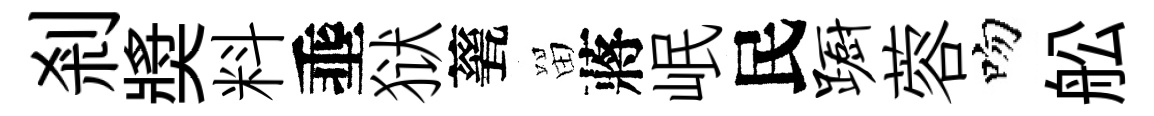
剎奬料埀狱甆㽞蔣岷民蹰蓉吻舩